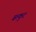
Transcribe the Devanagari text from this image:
बल्कुट